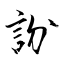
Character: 訜